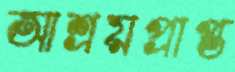
আশ্রয়প্রাপ্ত